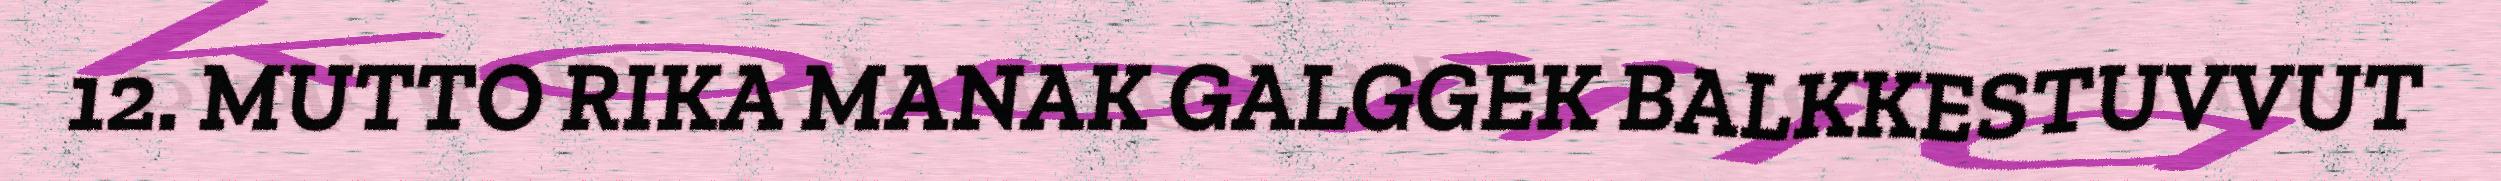
12. MUTTO RIKA MANAK GALGGEK BALKKESTUVVUT